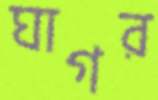
ঘাগর